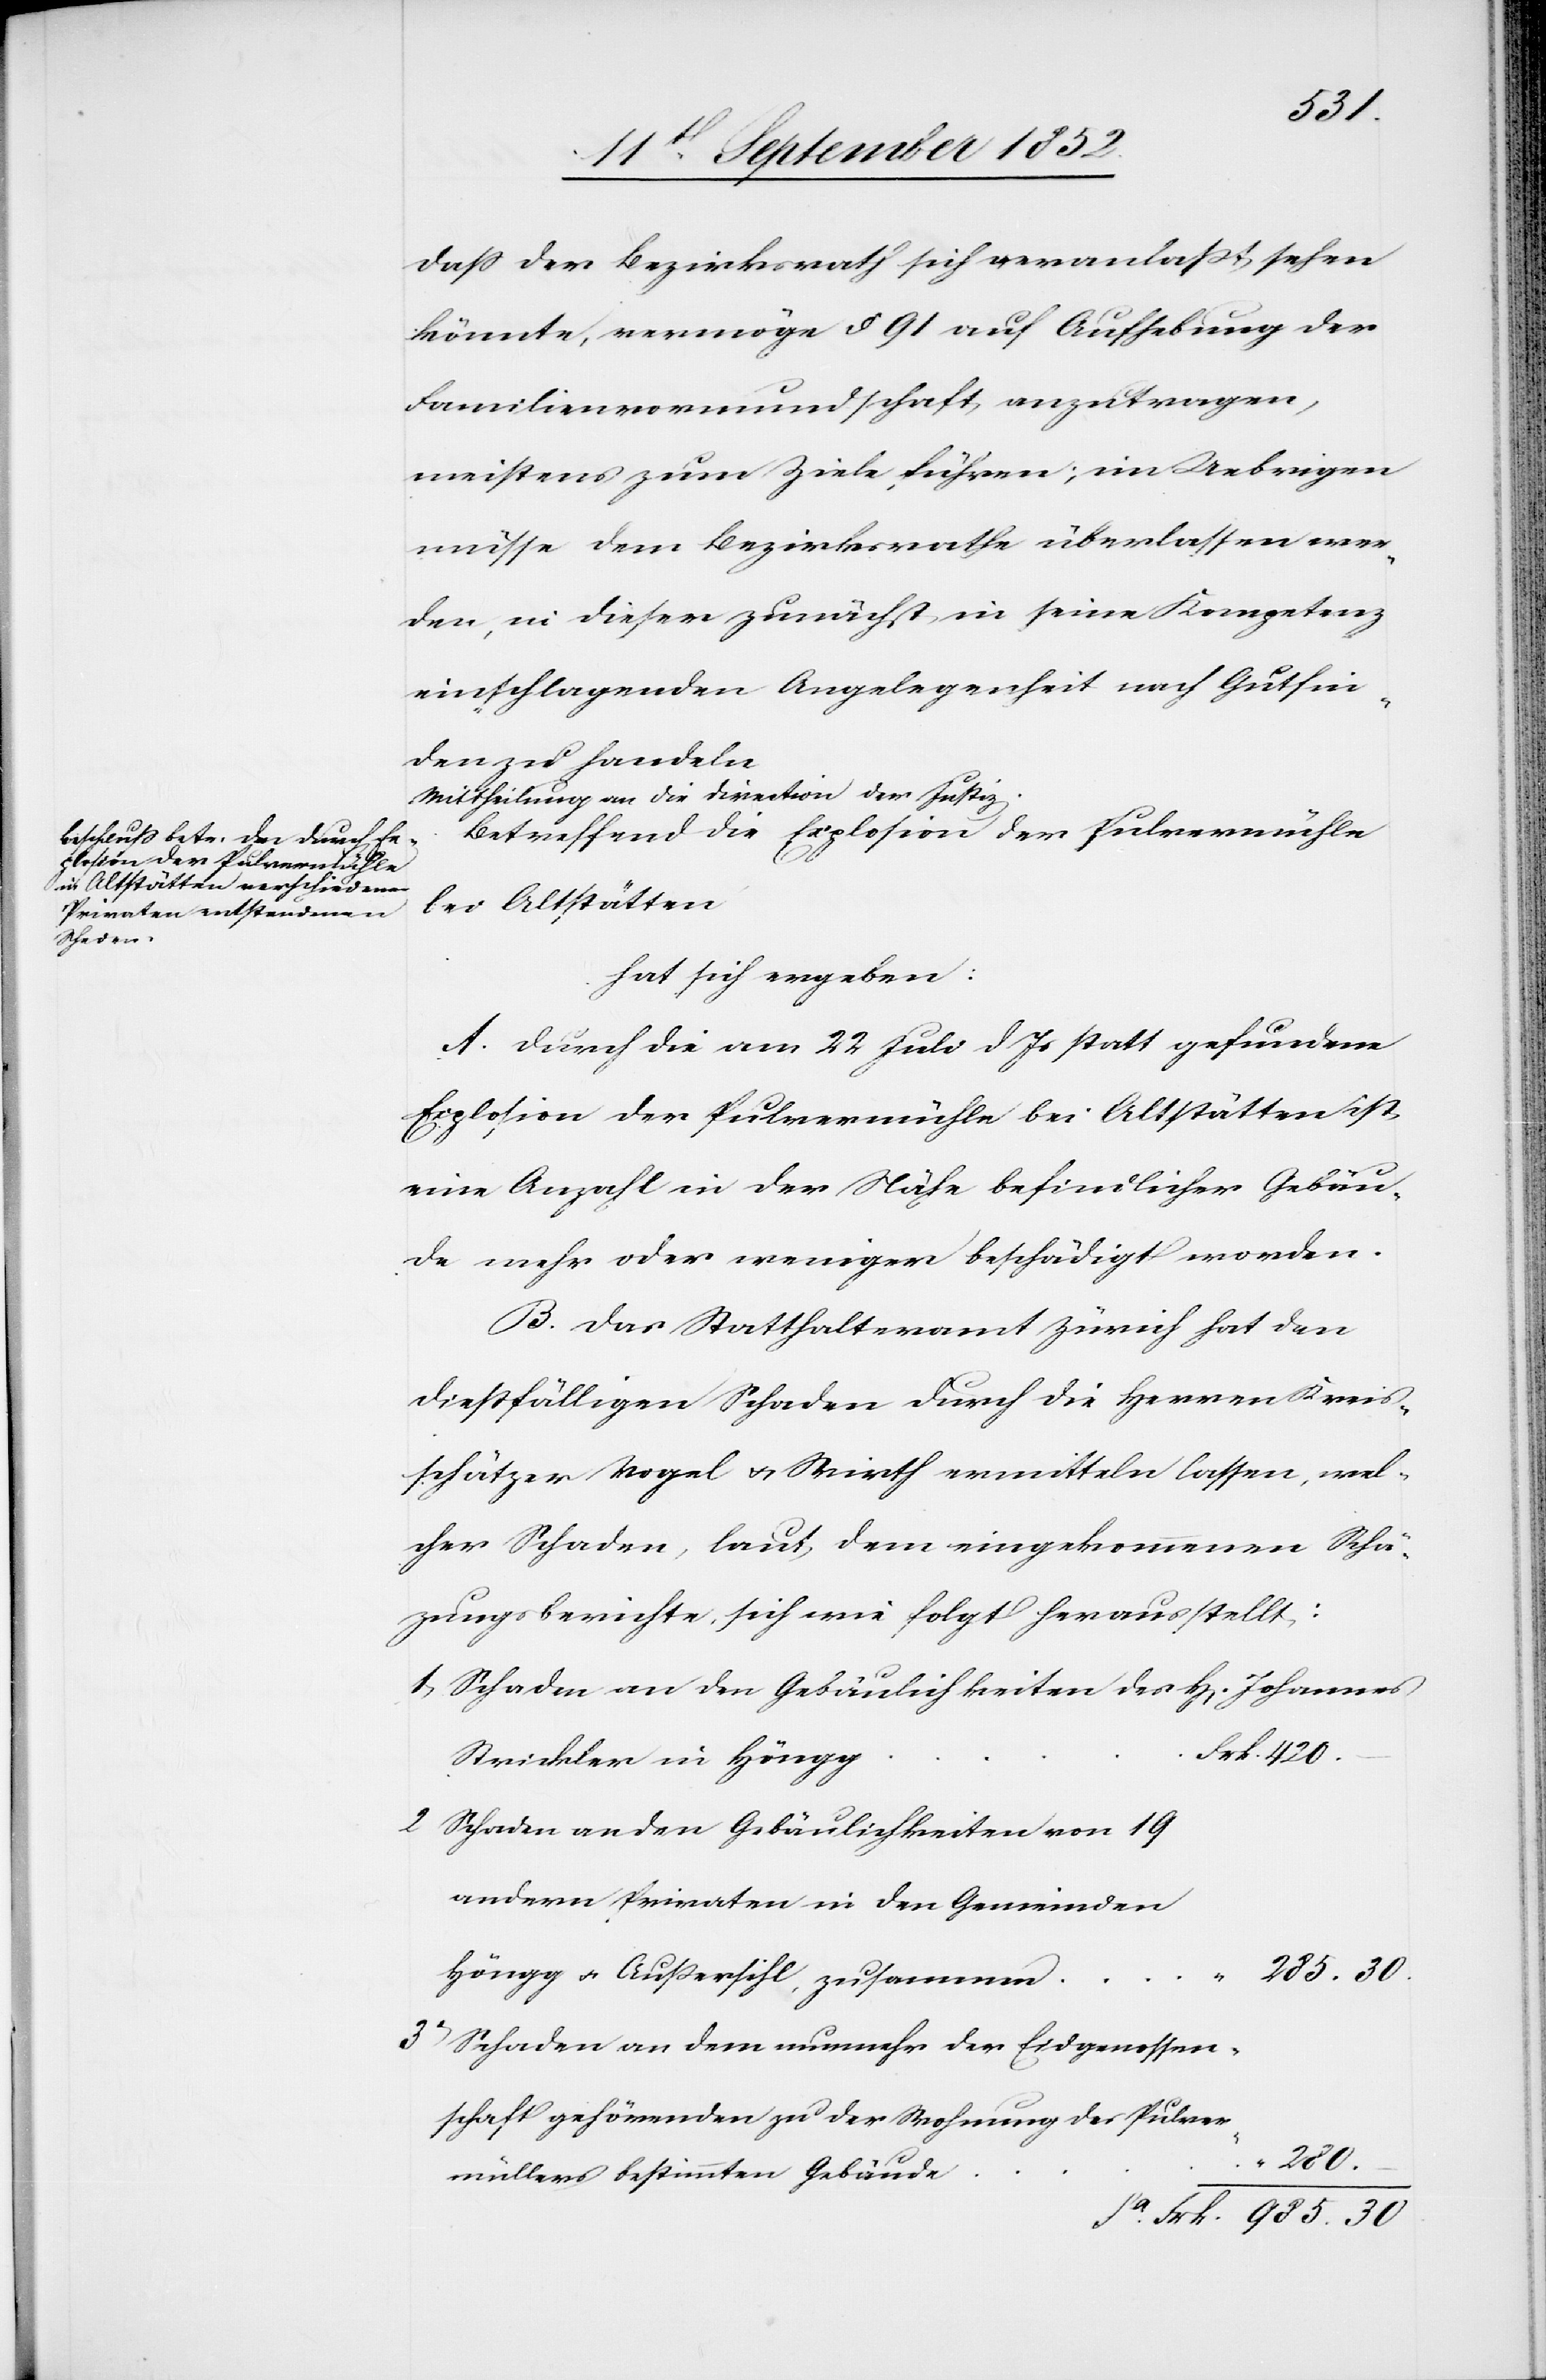
Sa.
dass der Bezirksrath sich veranlaßt sehen
könnte, vermöge § 91 auf Aufhebung der
Familienvormundschaft anzutragen,
meistens zum Ziele führen; im Uebrigen
müsse dem Bezirksrathe überlassen wer¬
den, in dieser zunächst in seine Kompetenz
einschlagenden Angelegenheit nach Gutfin¬
den zu handeln
Mittheilung an die Direction der Justiz.
Betreffend die Explosion der Pulvermühle
bei Altstätten
hat sich ergeben:
A. Durch die am 22 Juli d. Js statt gefundene
Explosion der Pulvermühle bei Altstätten ist
eine Anzahl in der Nähe befindlicher Gebäu¬
de mehr oder weniger beschädigt worden.
B. Das Statthalteramt Zürich hat den
dießfälligen Schaden durch die Herren Kreis¬
schätzer Vogel & Wirth ermitteln lassen, wel¬
cher Schaden, laut dem eingekommenen Schä[t]z¬
ungsberichte, sich wie folgt herausstellt:
Schaden an den Gebäulichkeiten des H[errn] Johannes
Frk. 420.
Strickler in Höngg
Schaden an den Gebäulichkeiten von 19
andern Privaten in den Gemeinden
2
285. 30.
Höngg & Außersihl, zusammen
Schaden an dem nunmehr der Eidgenossen¬
schaft gehörenden zu der Wohnung des Pulver¬
“ 280.
müllers bestimmten Gebäude
Frk. 985. 30